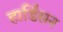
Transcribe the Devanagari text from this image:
हार्डिसन